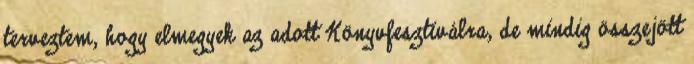
terveztem, hogy elmegyek az adott Könyvfesztiválra, de mindig összejött